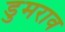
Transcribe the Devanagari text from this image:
डुमराव